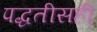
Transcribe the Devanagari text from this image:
पद्धतीसही